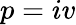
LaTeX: p=iv